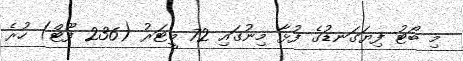
މި ބޯޓު ފިޔަގަނޑުގެ ފުޅާ މިނުގައި 72 މީޓަރު (236 ފޫޓް) ހުރެ